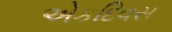
એકદિવસ